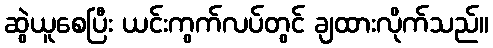
ဆွဲယူစေပြီး ယင်းကွက်လပ်တွင် ချထားလိုက်သည်။